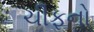
ચીફનો